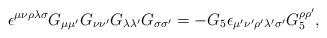
LaTeX: \begin{align*}\epsilon^{\mu\nu\rho\lambda\sigma} G_{\mu\mu'} G_{\nu\nu'} G_{\lambda \lambda'}G_{\sigma\sigma'} = - G_5 \epsilon_{\mu' \nu' \rho' \lambda' \sigma'}G_5^{\rho\rho'},\end{align*}